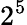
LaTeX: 2^{5}